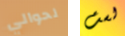
لحوالي لست